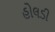
હોલડી